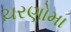
ચરણોમા